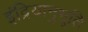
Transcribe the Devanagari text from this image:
इंद्रियानुभूति